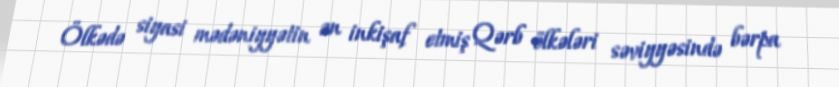
Ölkədə siyasi mədəniyyətin ən inkişaf etmiş Qərb ölkələri səviyyəsində bərpa